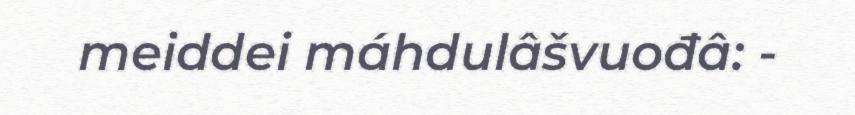
meiddei máhdulâšvuođâ: -